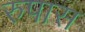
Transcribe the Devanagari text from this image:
रुपास